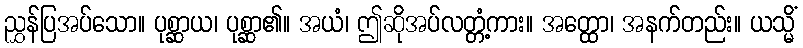
ညွှန်ပြအပ်သော။ ပုစ္ဆာယ၊ ပုစ္ဆာ၏။ အယံ၊ ဤဆိုအပ်လတ္တံ့ကား။ အတ္ထော၊ အနက်တည်း။ ယသ္မိံ